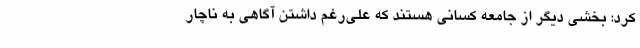
کرد: بخشی دیگر از جامعه کسانی هستند که علی‌رغم داشتن آگاهی به ناچار